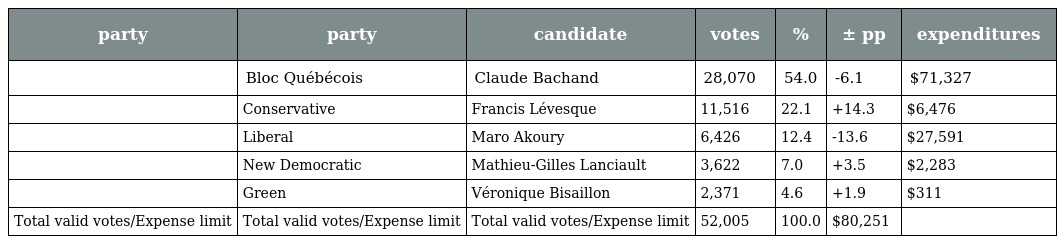
| party | party | candidate | votes | % | ± pp | expenditures |
 | --- | --- | --- | --- | --- | --- | --- |
 |  | Bloc Québécois | Claude Bachand | 28,070 | 54.0 | -6.1 | $71,327 |
 |  | Conservative | Francis Lévesque | 11,516 | 22.1 | +14.3 | $6,476 |
 |  | Liberal | Maro Akoury | 6,426 | 12.4 | -13.6 | $27,591 |
 |  | New Democratic | Mathieu-Gilles Lanciault | 3,622 | 7.0 | +3.5 | $2,283 |
 |  | Green | Véronique Bisaillon | 2,371 | 4.6 | +1.9 | $311 |
 | Total valid votes/Expense limit | Total valid votes/Expense limit | Total valid votes/Expense limit | 52,005 | 100.0 | $80,251 |  |